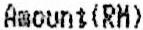
AMOUNT(RM)